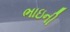
ભાઇની